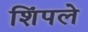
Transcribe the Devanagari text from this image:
शिंपले